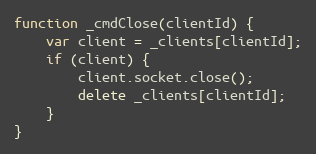
Language: JavaScript
function _cmdClose(clientId) {
    var client = _clients[clientId];
    if (client) {
        client.socket.close();
        delete _clients[clientId];
    }
}